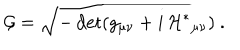
{ \cal G } = \sqrt { - \det ( g _ { \mu \nu } + i \, { \cal H } ^ { * } { } _ { \mu \nu } ) } \ .